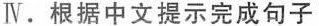
Ⅳ.根据中文提示完成句子